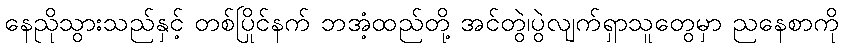
နေညိုသွားသည်နှင့် တစ်ပြိုင်နက် ဘအံ့ထည်တို့ အင်တွဲ၊ပွဲလျက်ရှာသူတွေမှာ ညနေစာကို